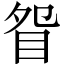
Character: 眢